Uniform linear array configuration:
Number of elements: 16
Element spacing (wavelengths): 0.5
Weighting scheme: exponential
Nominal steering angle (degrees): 45
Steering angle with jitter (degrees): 44.01
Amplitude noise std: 0.05
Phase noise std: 0.05

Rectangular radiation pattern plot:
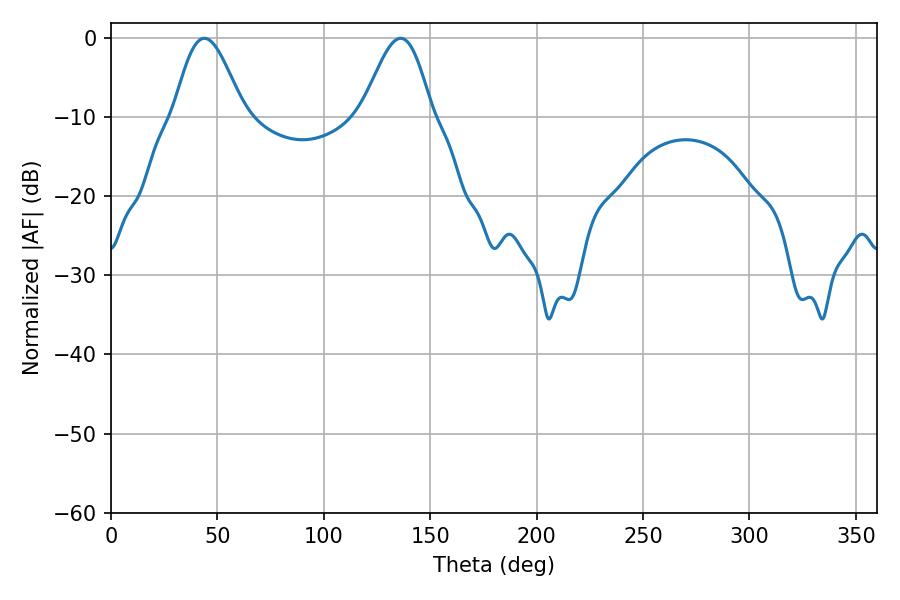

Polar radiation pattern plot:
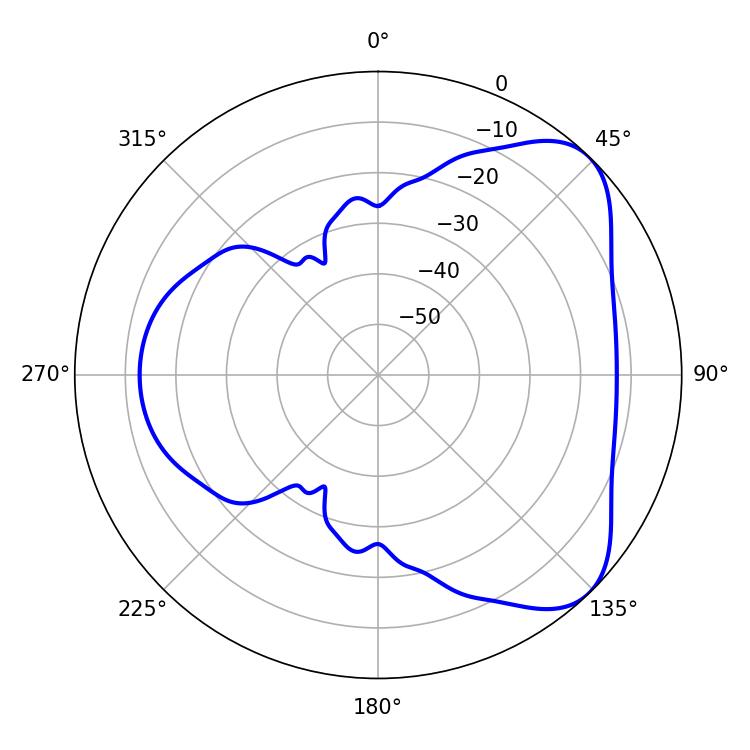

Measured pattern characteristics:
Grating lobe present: FALSE
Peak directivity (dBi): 6.027
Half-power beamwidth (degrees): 17.46
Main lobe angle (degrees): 43.92